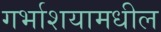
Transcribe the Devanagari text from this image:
गर्भाशयामधील